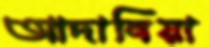
আদানিয়া